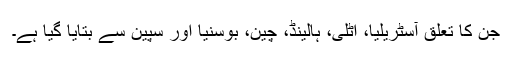
جن کا تعلق آسٹریلیا، اٹلی، ہالینڈ، چین، بوسنیا اور سپین سے بتایا گیا ہے۔